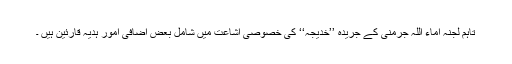
تاہم لجنہ اماء اللہ جرمنی کے جریدہ ’’خدیجہ‘‘ کی خصوصی اشاعت میں شامل بعض اضافی امور ہدیۂ قارئین ہیں ۔